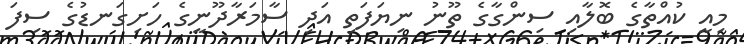
މިއީ ކުއްތާގެ ބޮލާއި ސިންގާގެ ތޫނު ނިޔަފަތި އަދި ސާމަރާދޫނީގެ ހަށިގަނޑުގެ ސިފަ